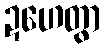
ဍဟေတွာ